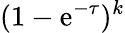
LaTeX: (1-\mathrm{e}^{-\tau})^{k}